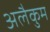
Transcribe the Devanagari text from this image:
अलैकुम